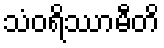
သံဝရိဿာမီတိ